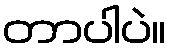
တာပါပဲ။